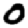
Digit: 0